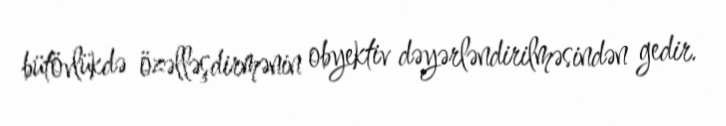
bütövlükdə özəlləşdirmənin obyektiv dəyərləndirilməsindən gedir.